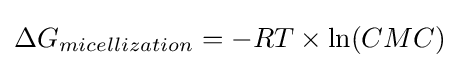
\Delta G_{micellization}=-RT\times \ln(CMC)